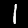
Digit: 1